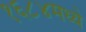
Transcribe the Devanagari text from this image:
१६८४मध्ये